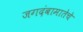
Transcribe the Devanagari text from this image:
जगदंबामातेचे